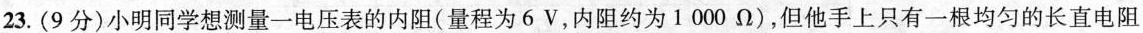
23.(9分)小明同学想测量一电压表的内阻(量程为6V，内阻约为1000Ω)，但他手上只有一根均匀的长直电阻